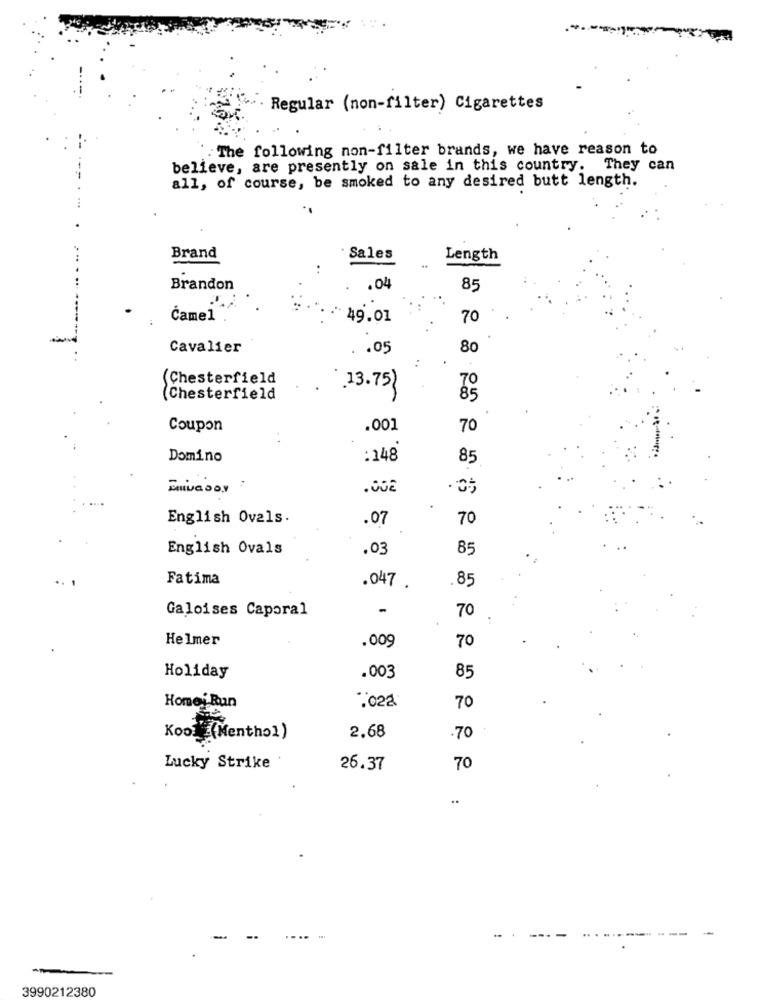
Regular (non-filter) Cigarettes
. The following non-filter brands, we have reason to
believe, are presently on sale in this country. They can
all, of course, be smoked to any desired butt length.
Brand
Sales
Length
Brandon
.04
85
Čamel
49.01
70
Cavalier
.05
80
(Chesterfield
13.75)
(Chesterfield
85
Coupon
.001
70
Domino
: 148'
85
.05
:3
English Ovals.
.07
70
English Ovals
.03
85
Fatima
.85
.047 .
Galoises Caporal
-
70
Helmer
.009
70
Holiday
.003
85
.022
Home Run
70
Kool(Menthol)
2.68
.70
Lucky Strike
26.37
70
..
3990212380